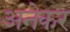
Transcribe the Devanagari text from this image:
अनेकर